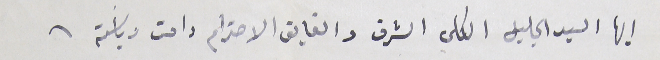
ايها السيد الجليل الكلي الشرف والفايق الاحترام دامت رياسَتة